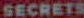
SECRETS